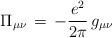
LaTeX: \begin{align*}\Pi_{\mu \nu} \,=\, - \frac{e^2}{2 \pi} \, g_{\mu \nu}\end{align*}